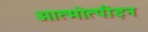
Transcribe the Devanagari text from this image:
आत्मोत्पीड़न